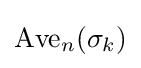
{\text{Ave}}_{n}(\sigma _{k})